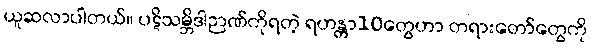
ယူဆလာပါတယ်။ ပဋိသမ္ဘိဒါဉာဏ်ကိုရတဲ့ ရဟန္တာ10တွေဟာ တရားတော်တွေကို